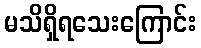
မသိရှိရသေးကြောင်း